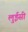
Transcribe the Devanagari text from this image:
लुईसी